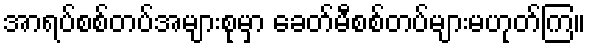
အာရပ်စစ်တပ်အများစုမှာ ခေတ်မီစစ်တပ်များမဟုတ်ကြ။